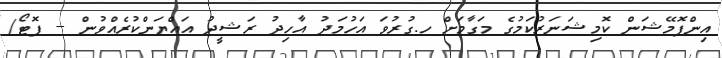
އިންފޮމޭޝަން ކޮމިޝަނަރުކަމުގެ މަގާމަށް ހ.ގުރުވަ އަހުމަދު އާހިދު ރަޝީދު އައްޔަންކުރެއްވުން -- ފޮޓޯ/